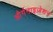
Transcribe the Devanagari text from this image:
और्गनाइज़ेशन